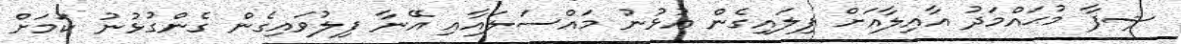
ޝިފާ މުޙައްމަދު އާއިލާއަށް ފިލައިގެން އުޅުނު މައްސަލައާއި އޭނާ ފިލުވައިގެން ގެންގުޅުނު ކަމަށް